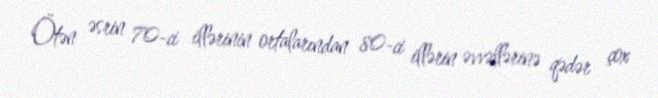
Ötən əsrin 70-ci illərinin ortalarından 80-ci illərin əvvəllərinə qədər çox